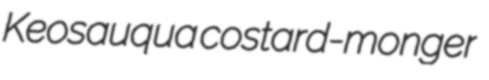
Keosauqua costard-monger